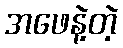
အဖေနဲ့တဲ့